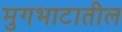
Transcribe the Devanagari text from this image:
मुगभाटातील